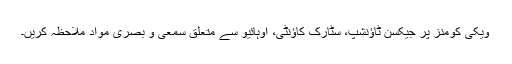
ویکی کومنز پر جیکسن ٹاؤنشپ، سٹارک کاؤنٹی، اوہائیو سے متعلق سمعی و بصری مواد ملاحظہ کریں۔